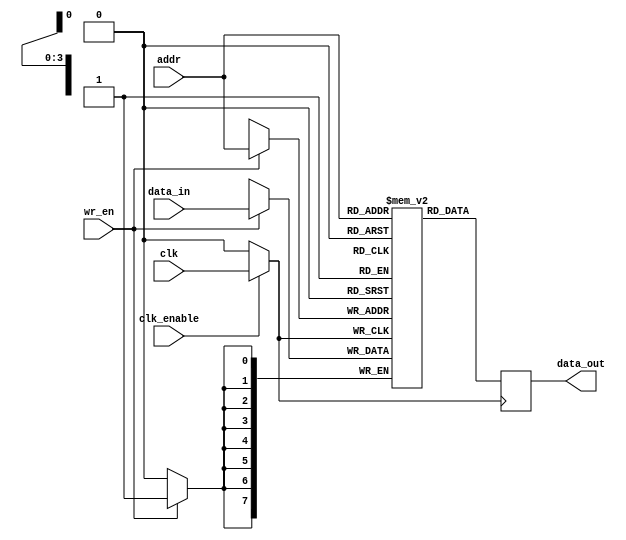
module memory_block (
    input wire clk,
    input wire clk_enable,
    input wire [7:0] data_in,
    input wire [3:0] addr,
    input wire wr_en,
    output reg [7:0] data_out
);
    // Memory array
    reg [7:0] memory_array [0:15]; // 16 x 8-bit memory

    // Clock gated clock signal
    wire gated_clk;

    // Transmission gate logic for clock gating
    assign gated_clk = clk_enable ? clk : 1'b0;

    // Memory operations
    always @(posedge gated_clk) begin
        if (wr_en) begin
            memory_array[addr] <= data_in; // Write data to memory
        end
        data_out <= memory_array[addr]; // Read data from memory
    end
endmodule